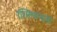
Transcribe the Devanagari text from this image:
रश्मिश्चन्द्रमा